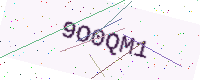
Text: 9O0QM1